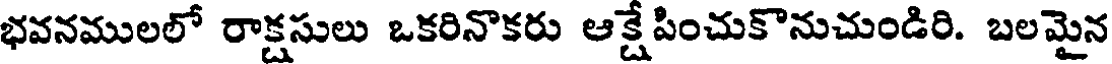
భవనములలో రాక్షసులు ఒకరినొకరు ఆక్షేపించుకొనుచుండిరి. బలమైన